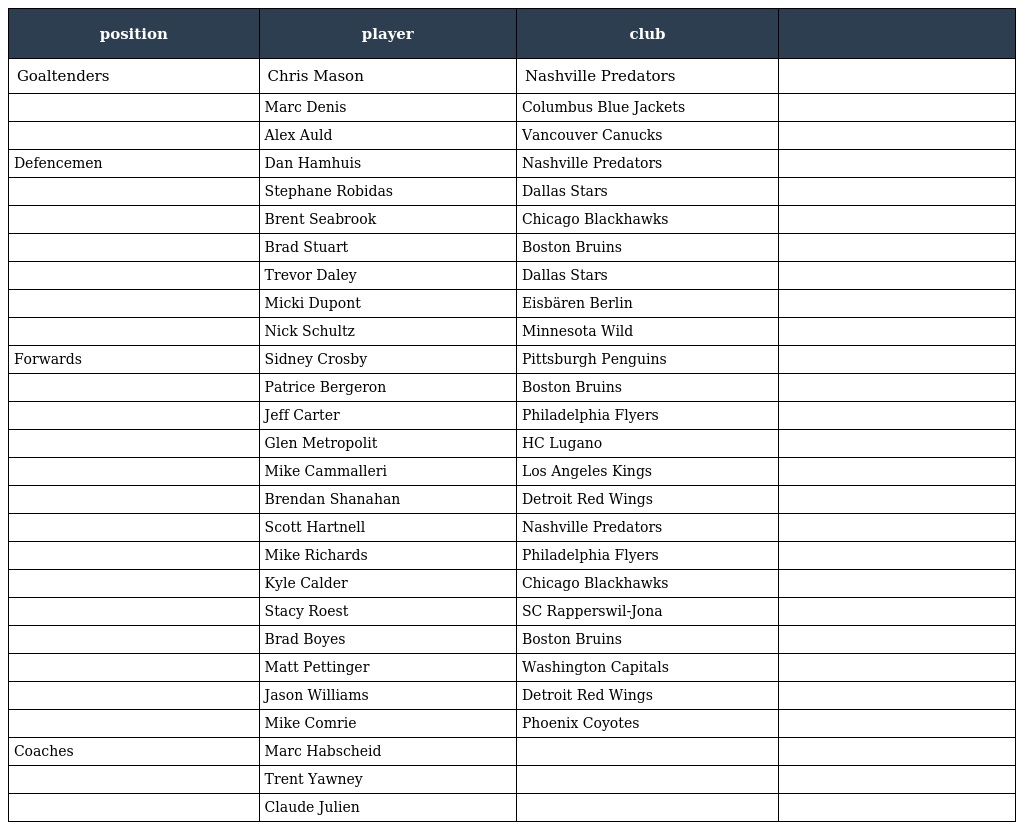
| position | player | club |  |
 | --- | --- | --- | --- |
 | Goaltenders | Chris Mason | Nashville Predators |  |
 |  | Marc Denis | Columbus Blue Jackets |  |
 |  | Alex Auld | Vancouver Canucks |  |
 | Defencemen | Dan Hamhuis | Nashville Predators |  |
 |  | Stephane Robidas | Dallas Stars |  |
 |  | Brent Seabrook | Chicago Blackhawks |  |
 |  | Brad Stuart | Boston Bruins |  |
 |  | Trevor Daley | Dallas Stars |  |
 |  | Micki Dupont | Eisbären Berlin |  |
 |  | Nick Schultz | Minnesota Wild |  |
 | Forwards | Sidney Crosby | Pittsburgh Penguins |  |
 |  | Patrice Bergeron | Boston Bruins |  |
 |  | Jeff Carter | Philadelphia Flyers |  |
 |  | Glen Metropolit | HC Lugano |  |
 |  | Mike Cammalleri | Los Angeles Kings |  |
 |  | Brendan Shanahan | Detroit Red Wings |  |
 |  | Scott Hartnell | Nashville Predators |  |
 |  | Mike Richards | Philadelphia Flyers |  |
 |  | Kyle Calder | Chicago Blackhawks |  |
 |  | Stacy Roest | SC Rapperswil-Jona |  |
 |  | Brad Boyes | Boston Bruins |  |
 |  | Matt Pettinger | Washington Capitals |  |
 |  | Jason Williams | Detroit Red Wings |  |
 |  | Mike Comrie | Phoenix Coyotes |  |
 | Coaches | Marc Habscheid |  |  |
 |  | Trent Yawney |  |  |
 |  | Claude Julien |  |  |